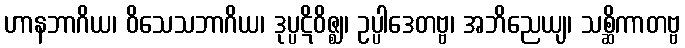
ဟာနဘာဂိယ၊ ဝိသေသဘာဂိယ၊ ဒုပ္ပဋိဝိဇ္ဈ၊ ဥပ္ပါဒေတဗ္ဗ၊ အဘိညေယျ၊ သစ္ဆိကာတဗ္ဗ